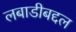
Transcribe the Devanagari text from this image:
लबाडीबद्दल